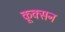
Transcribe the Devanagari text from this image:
कूक्सन